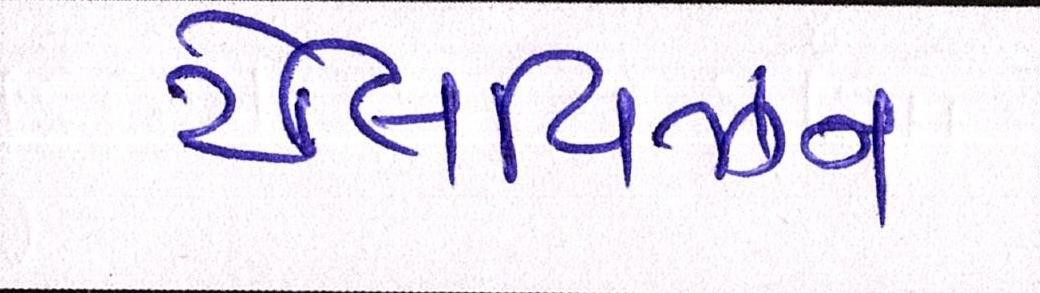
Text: ટેલિવિઝન